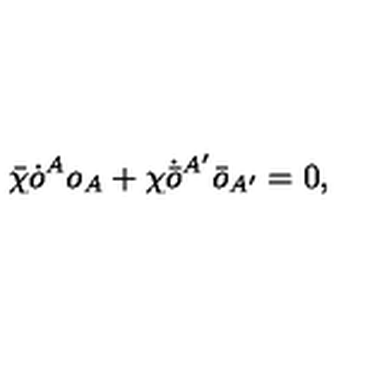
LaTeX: \bar { \chi } \dot { o } ^ { A } o _ { A } + \chi \dot { \bar { o } } { } ^ { A ^ { \prime } } \bar { o } _ { A ^ { \prime } } = 0 ,